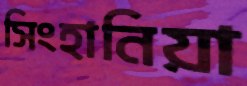
সিংহানিয়া